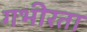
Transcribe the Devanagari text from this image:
गभीरता